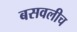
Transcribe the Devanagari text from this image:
बसवलीच